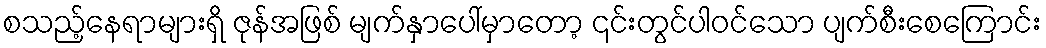
စသည့်နေရာများရှိ ဇုန်အဖြစ် မျက်နှာပေါ်မှာတော့ ၎င်းတွင်ပါဝင်သော ပျက်စီးစေကြောင်း